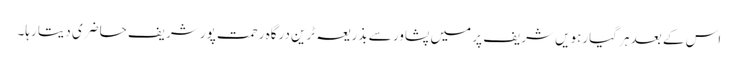
اس کے بعد ہر گیارہویں شریف پر میں پشاور سے بذریعہ ٹرین درگاہ رحمت پور شریف حاضری دیتا رہا۔